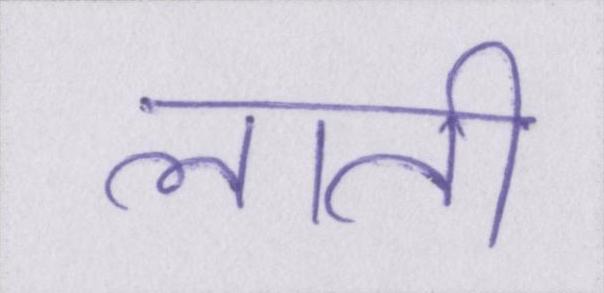
लाती